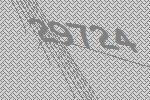
29724